Civil Veterinary Department Bihar & Orissa reports 1929-36 - 1929-1936
Year: 1929
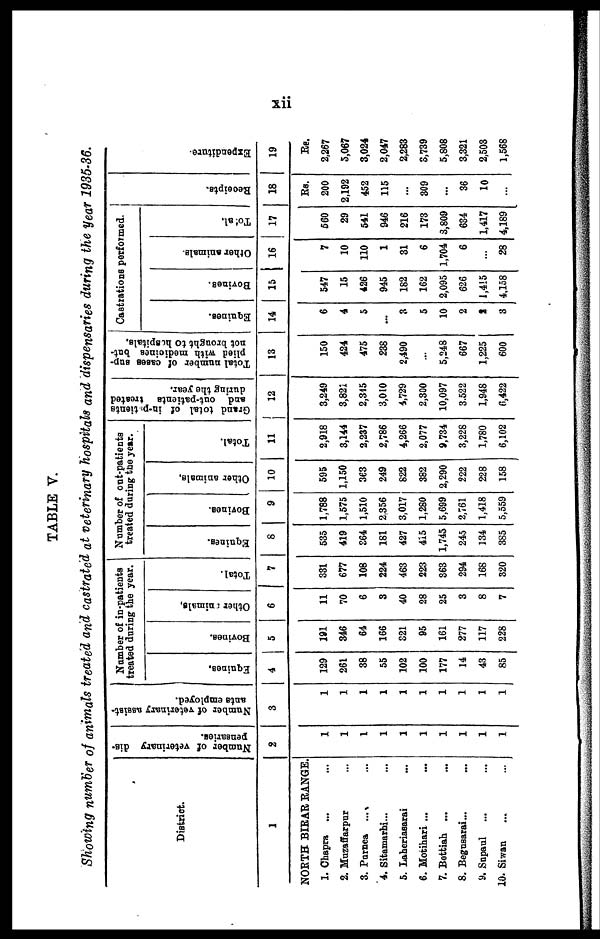
xii
TABLE V.
Showing number of animals treated and castrated at veterinary hospitals and dispensaries during the year 1935-36.
District.
1
NORTH BIRAR RANGE.
1. Chapra ... ...
2. Muzaffarpur ...
3. Purnea ... ...
4. Sitamarhi... ...
5. Laheriasarai ...
6. Motihari ... ...
7. Bettiah ... ...
8. Begusarai... ...
9. Sapaul ... ...
10. Siwan ... ...
Number of veterinary dis-
pensaries.
2
1
1
1
1
1
1
1
1
1
1
Number of veterinary assiat-
ants employed.
3
1
1
1
1
1
1
1
1
1
1
Number of in-patients
treated during the year.
Equines.
4
129
261
38
55
102
100
177
14
43
85
Bovines.
5
181
346
64
166
321
95
161
277
117
228
Other animals,
6
11
70
6
3
40
28
25
3
8
7
Total.
7
331
677
108
224
463
223
363
294
168
320
Number of out-patients
treated during the year.
Equines.
8
535
419
364
181
427
415
1,745
245
134
385
Bovines.
9
1,788
1,575
1,510
2356
3,017
1,280
5,699
2,761
1,418
5,559
Other animals,
10
595
1,150
363
249
822
382
2,290
222
228
158
Total.
11
2,918
3,144
2,237
2,786
4,266
2,077
9,734
3,228
1,780
6,102
Grand total of in-patients
and out-patients treated
during the year.
12
3,249
3,821
2,345
3,010
4,729
2,300
10,097
3,522
1,948
6,422
Total number of cases sup-
plied with medicines but
not brought to hospitals.
13
150
424
475
238
2,490
...
5,248
667
1,225
600
Castrations performed.
Equines.
14
6
4
5
...
3
5
10
2
2
3
Bovines.
15
547
15
426
945
182
162
2,095
626
1,415
4,158
Other animals.
16
7
10
110
1
31
6
1,704
6
...
28
Total.
17
560
29
541
946
216
173
3,809
634
1,417
4,189
Receipts.
18
Rs.
200
2,192
452
115
...
309
...
36
10
...
Expenditure
19
Rs.
2,267
5,067
3,024
2,047
2,283
3,739
5,808
3,321
2,503
1,568